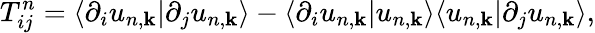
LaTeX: T_{ij}^{n}=\langle\partial_{i}u_{n,\mathbf{k}}|\partial_{j}u_{n,\mathbf{k}}\rangle-\langle\partial_{i}u_{n,\mathbf{k}}|u_{n,\mathbf{k}}\rangle\langle u_{n,\mathbf{k}}|\partial_{j}u_{n,\mathbf{k}}\rangle,